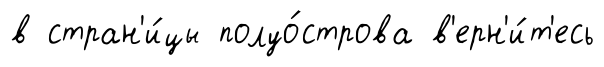
в стран'и́цы полуо́строва в'ерн'и́т'есь